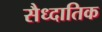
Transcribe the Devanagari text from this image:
सैध्दातिक